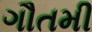
ગૌતમી